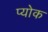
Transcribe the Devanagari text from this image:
प्योक